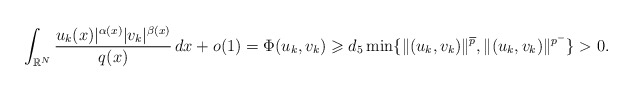
\begin{align*} \int_{\mathbb{R}^{N}}\frac{u_k(x)|^{\alpha(x)}|v_k|^{\beta(x)}}{q(x)}\,dx +o(1) = \Phi(u_k,v_k)\geqslant d_5\min \{ \|(u_k, v_k)\|^{\overline{p}}, \|(u_k, v_k)\|^{p^{-}} \}>0.\end{align*}